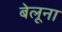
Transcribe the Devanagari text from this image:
बेलूना